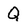
Character: Q